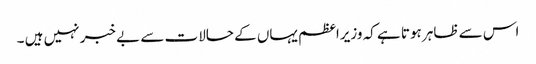
اس سے ظاہر ہوتا ہے کہ وزیراعظم یہاں کے حالات سے بے خبر نہیں ہیں ۔